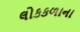
લોકકળાના